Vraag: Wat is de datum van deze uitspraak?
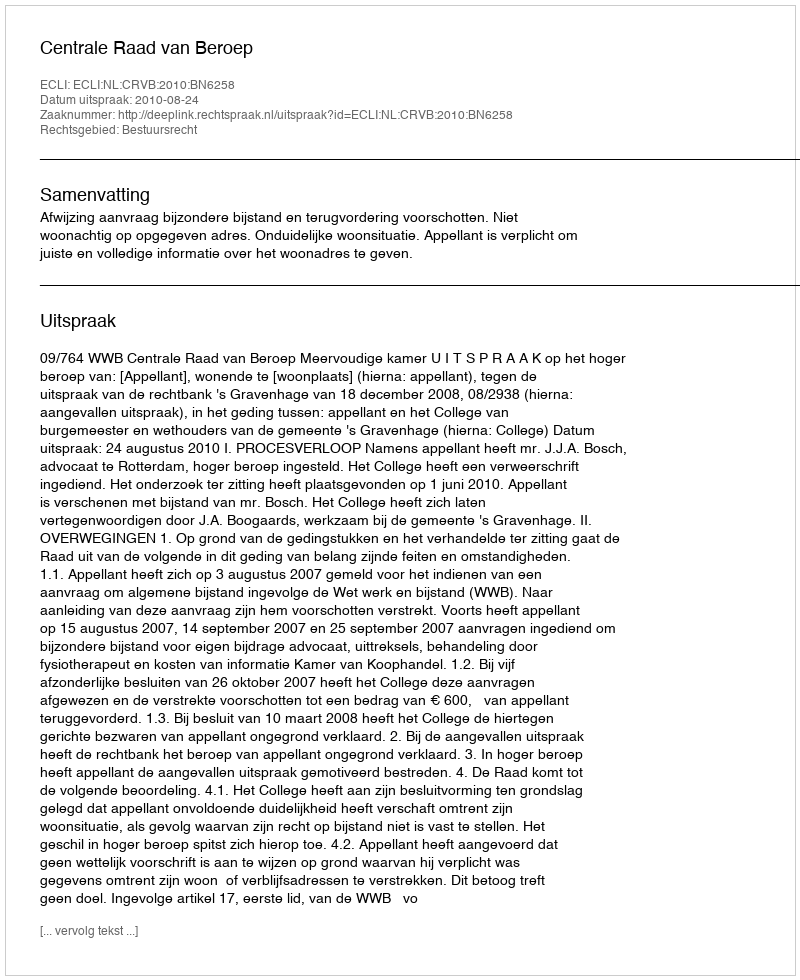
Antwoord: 2010-08-24